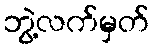
ဘွဲ့လက်မှတ်